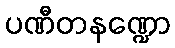
ပဏီတနဏ္ဍော